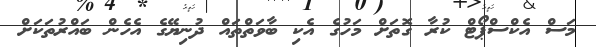
މަސް އެކްސްޕޯޓް ކުރާ ގޮތަށް މަހުގެ އެކި ބާވަތްތައް ދުނިޔޭގެ އެހެން ބައްރުތަކަށް